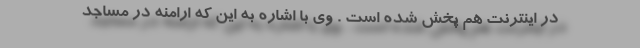
در اینترنت هم پخش شده است . وی با اشاره به این که ارامنه در مساجد